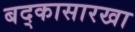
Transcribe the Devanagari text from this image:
बद्कासारखा